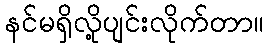
နင်မရှိလို့ပျင်းလိုက်တာ။